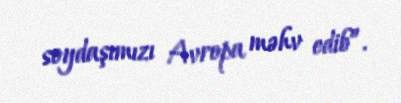
soydaşımızı Avropa məhv edib”.